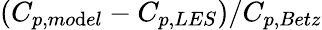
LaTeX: (C_{p,mo\mathrm{d}el}-C_{p,LES})/C_{p,Betz}